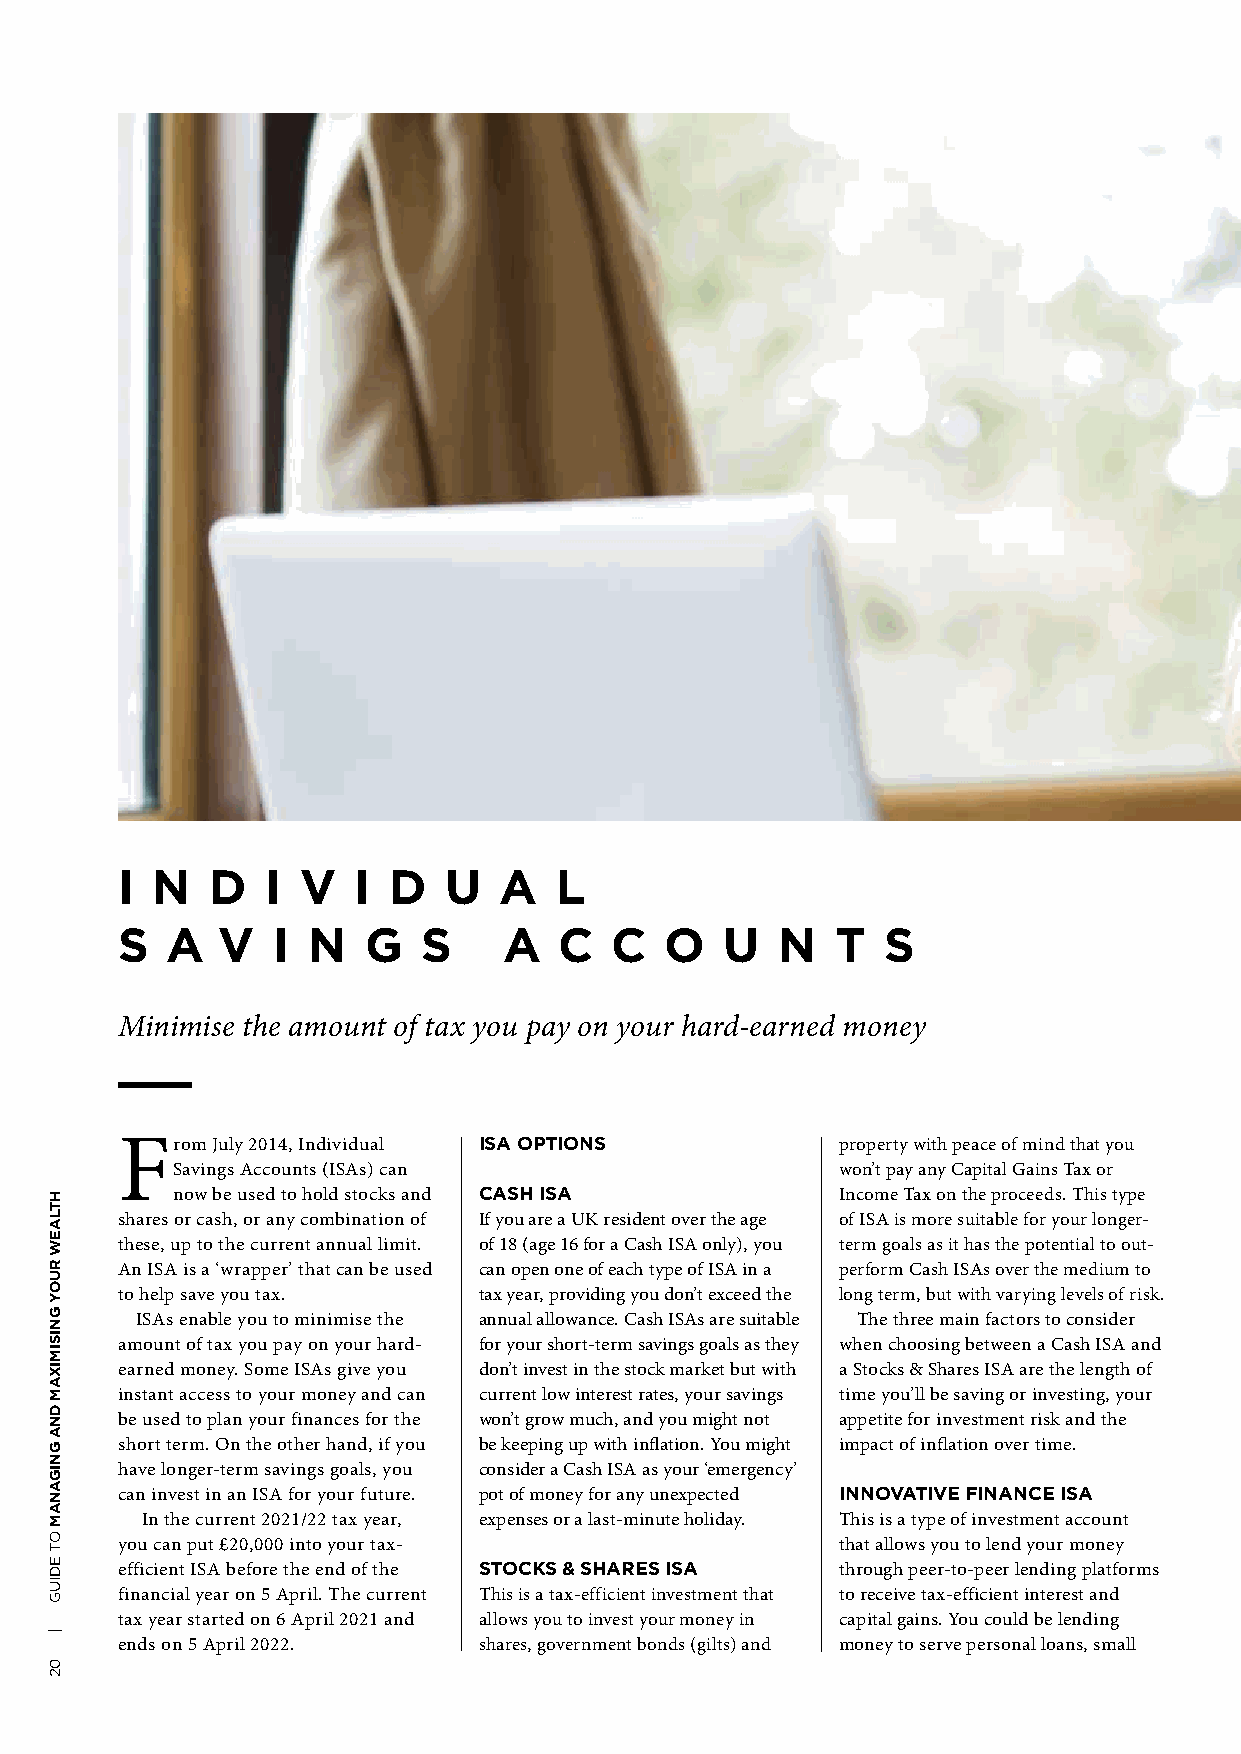
I N   D   I V   I D   U  A   L
 S  A  V   I N   G   S    A   C  C   O   U   N  T  S
 Minimise the amount of tax you pay on your hard-earned money
 From  July 2014, Individual ISA OPTIONS         property with peace of mind that you
 Savings Accounts (ISAs) can                  won’t pay any Capital Gains Tax or
 now be used to hold stocks and CASH ISA      Income Tax on the proceeds. This type
 shares or cash, or any combination of If you are a UK resident over the age of ISA is more suitable for your longer-
 these, up to the current annual limit. of 18 (age 16 for a Cash ISA only), you term goals as it has the potential to out-
 An ISA is a ‘wrapper’ that can be used can open one of each type of ISA in a perform Cash ISAs over the medium to
 to help save you tax.   tax year, providing you don’t exceed the long term, but with varying levels of risk.
 ISAs enable you to minimise the annual allowance. Cash ISAs are suitable The three main factors to consider
 amount of tax you pay on your hard- for your short-term savings goals as they when choosing between a Cash ISA and
 earned money. Some ISAs give you don’t invest in the stock market but with a Stocks & Shares ISA are the length of
 instant access to your money and can current low interest rates, your savings time you’ll be saving or investing, your
 be used to plan your finances for the won’t grow much, and you might not appetite for investment risk and the
 short term. On the other hand, if you be keeping up with inflation. You might impact of inflation over time.
 have longer-term savings goals, you consider a Cash ISA as your ‘emergency’
 can invest in an ISA for your future. pot of money for any unexpected INNOVATIVE FINANCE ISA
 In the current 2021/22 tax year, expenses or a last-minute holiday. This is a type of investment account
 you can put £20,000 into your tax-              that allows you to lend your money
 efficient ISA before the end of the STOCKS & SHARES ISA through peer-to-peer lending platforms
 financial year on 5 April. The current This is a tax-efficient investment that to receive tax-efficient interest and
 tax year started on 6 April 2021 and allows you to invest your money in capital gains. You could be lending
 ends on 5 April 2022.   shares, government bonds (gilts) and money to serve personal loans, small
 HTLAEW
 RUOY
 GNISIMIXAM
 DNA
 GNIGANAM
 OT
 EDIUG
 |
 02